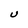
Character: U